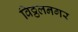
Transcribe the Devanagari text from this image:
विठ्ठलनगर